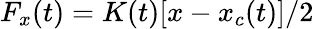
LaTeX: F_{x}(t)=K(t)[x-x_{c}(t)]/2